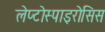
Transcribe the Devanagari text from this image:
लेप्टोस्पाइरोसिस